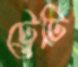
ট্রেটি